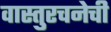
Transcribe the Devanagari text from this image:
वास्तुरचनेची